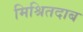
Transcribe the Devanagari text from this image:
मिश्रितदाब